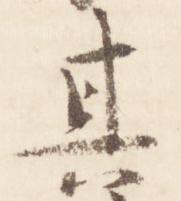
其